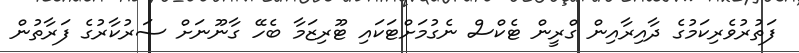
ފަތުރުވެރިކަމުގެ ދާއިރާއިން ގްރީން ޓެކްސް ނެގުމަށްޓަކައި ޓޫރިޒަމާ ބެހޭ ގާނޫނަށް ސަރުކާރުގެ ފަރާތުން